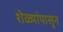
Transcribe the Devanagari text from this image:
शेळ्यांपासून